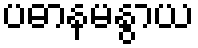
ပဓာနမနွာယ